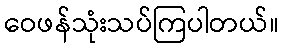
ဝေဖန်သုံးသပ်ကြပါတယ်။